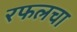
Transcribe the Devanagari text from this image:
रफलचा